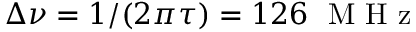
\Delta \nu = 1 / ( 2 \pi \tau ) = 1 2 6 ~ \mathrm { ~ M ~ H ~ z ~ }